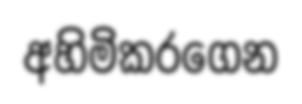
අහිමිකරගෙන